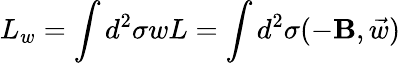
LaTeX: L_{w}=\int d^{2}\sigma wL=\int d^{2}\sigma(-{\mathbf{B}},\vec{w})